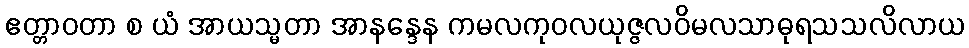
ဧတ္တာဝတာ စ ယံ အာယသ္မတာ အာနန္ဒေန ကမလကုဝလယုဇ္ဇလဝိမလသာဓုရသသလိလာယ